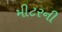
મીટરની